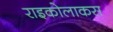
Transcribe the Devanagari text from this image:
राइकोलाकस